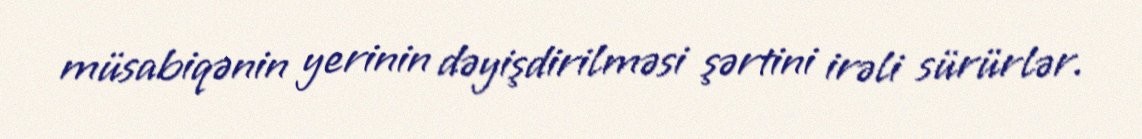
müsabiqənin yerinin dəyişdirilməsi şərtini irəli sürürlər.